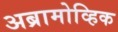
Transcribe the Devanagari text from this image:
अब्रामोव्हिक